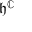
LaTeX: { \mathfrak { h } } ^ { \mathbb { C } }